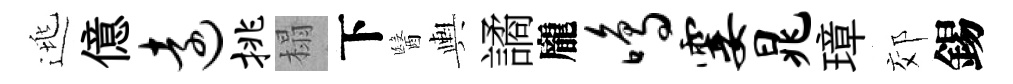
逃億远挑榻下醫輿譎龐鸣霎晁璋郊錫